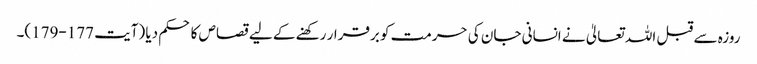
روزہ سے قبل اللہ تعالیٰ نے انسانی جان کی حرمت کو برقرار رکھنے کے لیے قصاص کا حکم دیا (آیت 177-179)۔